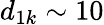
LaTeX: d_{1k}\sim 10